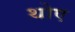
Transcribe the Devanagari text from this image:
थोए